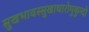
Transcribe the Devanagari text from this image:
सुखभावस्सुखाधारोमुकुन्दो